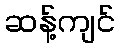
ဆန့်ကျင်